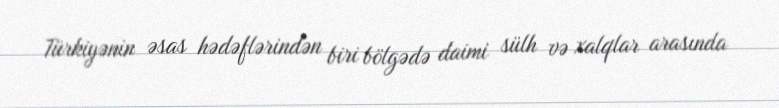
Türkiyənin əsas hədəflərindən biri bölgədə daimi sülh və xalqlar arasında